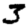
Digit: 3